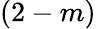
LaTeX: (2-m)